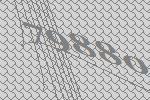
79880